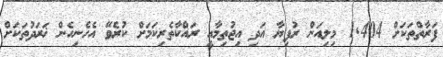
ފަރާތްތަކަށް 1